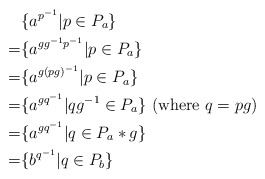
\begin{align*} & \{a^{p^{-1}} | p \in P_a\} \\=& \{a^{g{g^{-1}}{p^{-1}}} | p \in P_a\} \\=& \{a^{g{{(pg)}^{-1}}} | p \in P_a\} \\=& \{a^{g{q^{-1}}} | q g^{-1} \in P_a\} \textrm{ (where } q = pg )\\=& \{a^{g{q^{-1}}} | q \in P_a*g\}\\=& \{b^{q^{-1}} | q \in P_b\}\end{align*}